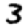
Digit: 3